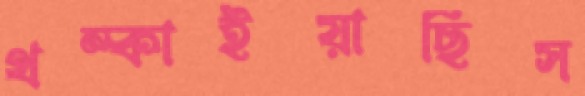
থম্‌কাইয়াছিস